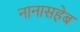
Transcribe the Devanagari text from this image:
नानासहेब